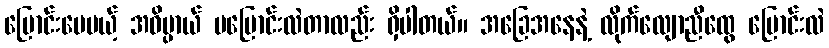
ပြောင်းပေမယ့် အဓိပ္ပာယ် မပြောင်းလဲတာလည်း ရှိပါတယ်။ အခြေအနေနဲ့ လိုက်လျောညီထွေ ပြောင်းလဲ